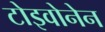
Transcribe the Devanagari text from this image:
टोइवोनेन